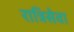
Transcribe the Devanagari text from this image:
रात्रिसेवा